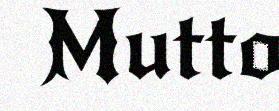
Mutto